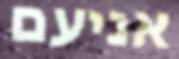
אניעם